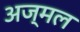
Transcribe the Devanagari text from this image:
अज्मल